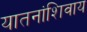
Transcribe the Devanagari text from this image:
यातनांशिवाय